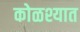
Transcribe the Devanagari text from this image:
कोळश्यात